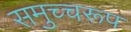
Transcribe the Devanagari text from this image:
समुच्चरूप